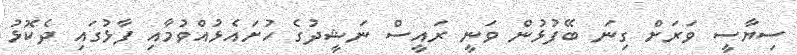
ސިޔާސީ ވަރަށް ގިނަ ބޭފުޅުން ވަނީ ރައީސް ނަޝީދުގެ ހުށައެޅުއްވުމާއި ފާޅުގައި ދެކޮޅު